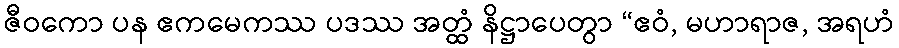
ဇီဝကော ပန ဧကမေကဿ ပဒဿ အတ္ထံ နိဋ္ဌာပေတွာ “ဧဝံ, မဟာရာဇ, အရဟံ